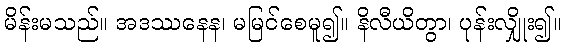
မိန်းမသည်။ အဒဿနေန၊ မမြင်စေမူ၍။ နိလီယိတွာ၊ ပုန်းလျှိုး၍။